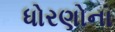
ધોરણોના